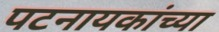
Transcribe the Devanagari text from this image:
पटनायकांच्या